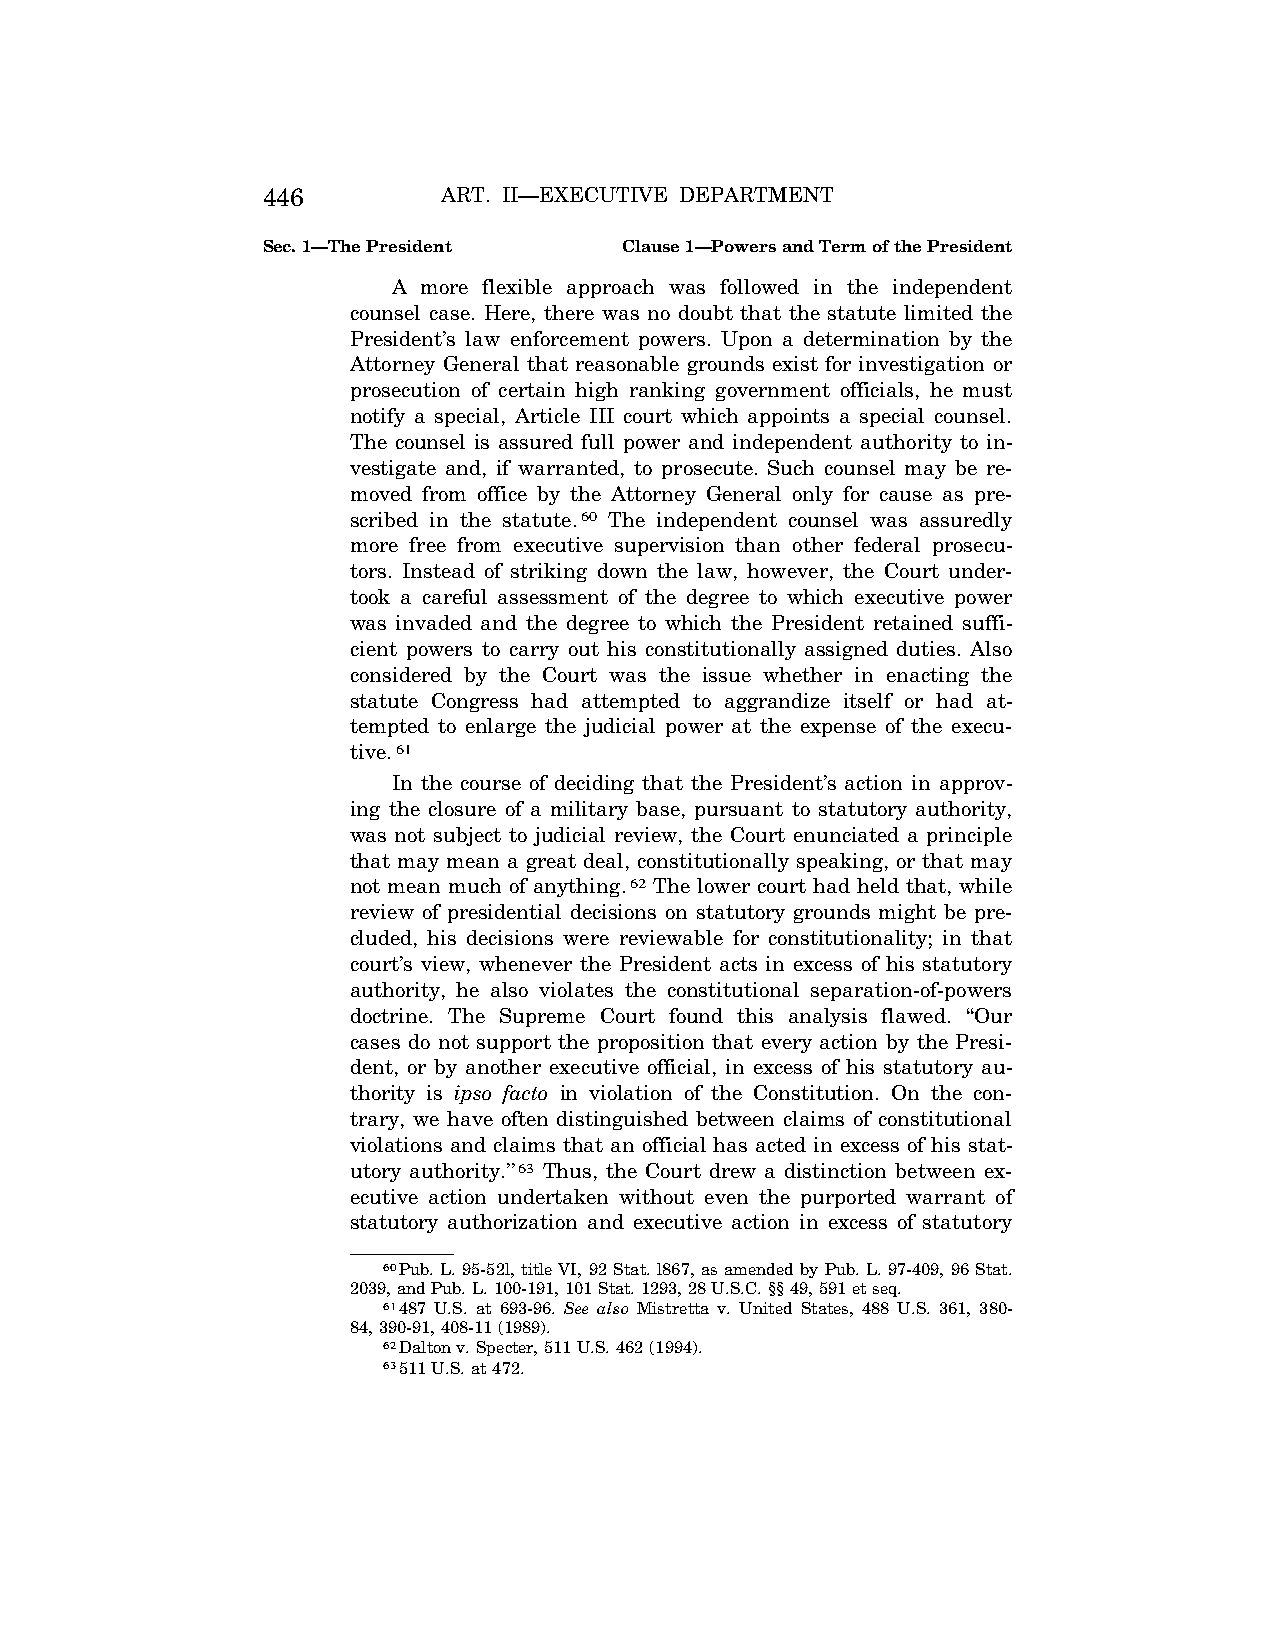
446         ART. II—EXECUTIVE DEPARTMENT
 Sec. 1—The President    Clause 1—Powers and Term of the President
 A more flexible approach was followed in the independent
 counsel case. Here, there was no doubt that the statute limited the
 President’s law enforcement powers. Upon a determination by the
 Attorney General that reasonable grounds exist for investigation or
 prosecution of certain high ranking government officials, he must
 notify a special, Article III court which appoints a special counsel.
 The counsel is assured full power and independent authority to in-
 vestigate and, if warranted, to prosecute. Such counsel may be re-
 moved from office by the Attorney General only for cause as pre-
 scribed in the statute.60 The independent counsel was assuredly
 more free from executive supervision than other federal prosecu-
 tors. Instead of striking down the law, however, the Court under-
 took a careful assessment of the degree to which executive power
 was invaded and the degree to which the President retained suffi-
 cient powers to carry out his constitutionally assigned duties. Also
 considered by the Court was the issue whether in enacting the
 statute Congress had attempted to aggrandize itself or had at-
 tempted to enlarge the judicial power at the expense of the execu-
 tive.61
 In the course of deciding that the President’s action in approv-
 ing the closure of a military base, pursuant to statutory authority,
 was not subject to judicial review, the Court enunciated a principle
 that may mean a great deal, constitutionally speaking, or that may
 not mean much of anything.62 The lower court had held that, while
 review of presidential decisions on statutory grounds might be pre-
 cluded, his decisions were reviewable for constitutionality; in that
 court’s view, whenever the President acts in excess of his statutory
 authority, he also violates the constitutional separation-of-powers
 doctrine. The Supreme Court found this analysis flawed. ‘‘Our
 cases do not support the proposition that every action by the Presi-
 dent, or by another executive official, in excess of his statutory au-
 thority is ipso facto in violation of the Constitution. On the con-
 trary, we have often distinguished between claims of constitutional
 violations and claims that an official has acted in excess of his stat-
 utory authority.’’63 Thus, the Court drew a distinction between ex-
 ecutive action undertaken without even the purported warrant of
 statutory authorization and executive action in excess of statutory
 60Pub. L. 95-52l, title VI, 92 Stat. l867, as amended by Pub. L. 97-409, 96 Stat.
 2039, and Pub. L. 100-191, 101 Stat. 1293, 28 U.S.C. §§ 49, 591 et seq.
 61487 U.S. at 693-96. See also Mistretta v. United States, 488 U.S. 361, 380-
 84, 390-91, 408-11 (1989).
 62Dalton v. Specter, 511 U.S. 462 (1994).
 63511 U.S. at 472.
 VerDate Aug<04>2004 13:21 Oct 06, 2004 Jkt 077500 PO 00000 Frm 00014 Fmt 8222 Sfmt 8222 C:\CONAN\CON011.SGM PRFM99 PsN: CON011